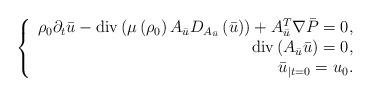
LaTeX: \begin{align*}\left\{\begin{array}[c]{r}\rho_{0}\partial_{t}\bar{u}-\operatorname{div}\left( \mu\left( \rho_{0}\right) A_{\bar{u}}D_{A_{\bar{u}}}\left( \bar{u}\right) \right)+A_{\bar{u}}^{T}\nabla\bar{P}=0,\\\operatorname{div}\left( A_{\bar{u}}\bar{u}\right) =0,\\\bar{u}_{|t=0}=u_{0}.\end{array}\right. \end{align*}